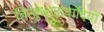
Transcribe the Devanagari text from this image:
निरंकुशतावादियों